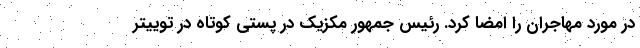
در مورد مهاجران را امضا کرد. رئیس جمهور مکزیک در پستی کوتاه در توییتر